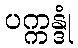
ပက္ကန္ဒုံ